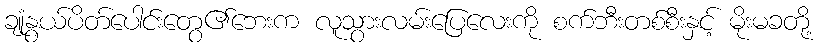
ချုံနွယ်ပိတ်ပေါင်းတွေ၏ဘေးက လူသွားလမ်းပြေလေးကို စက်ဘီးတစ်စီးနှင့် မိုးမခတို့